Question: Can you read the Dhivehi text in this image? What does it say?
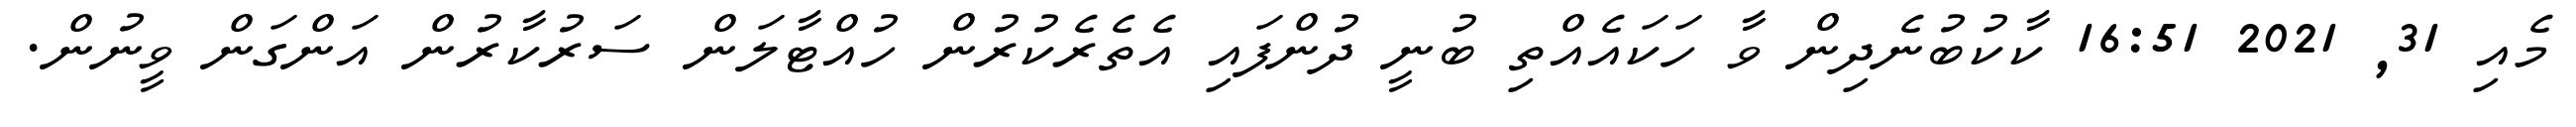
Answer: މެއި 31, 2021 16:51 ކާކުބުނެދިން ވާ ހަކައެއްތި ބުނީ ދުންފައި އެތެރެކުރުން ހުއްޓާލަން ސަރުކާރުން އަންގަން ވީނުން.